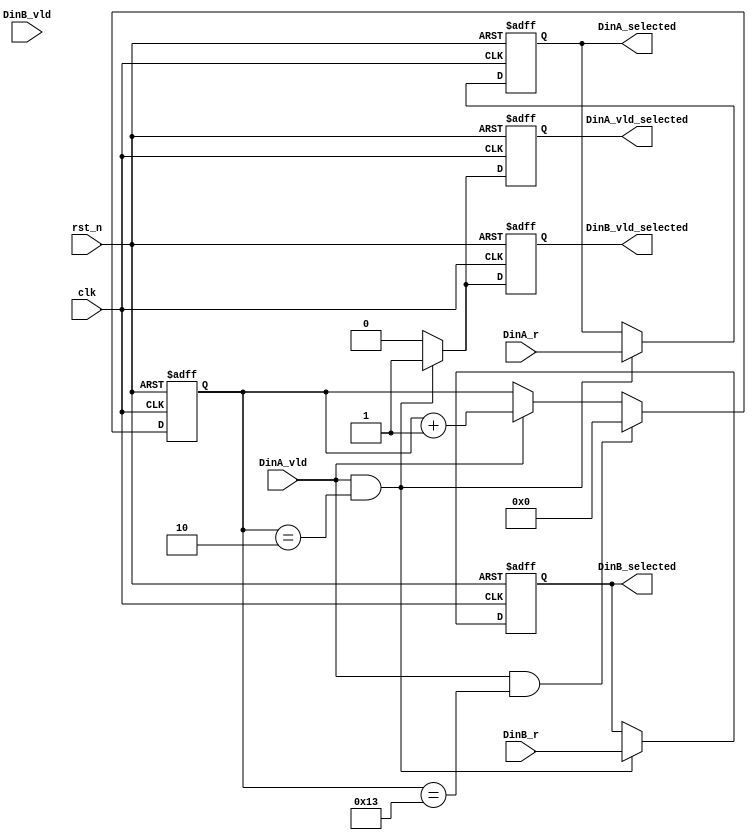
`timescale 1ns / 1ps
//////////////////////////////////////////////////////////////////////////////////
// Company: 
// Engineer: 
// 
// Design Name: 
// Module Name: data_sample_rate
// Project Name: 
// Target Devices: 
// Tool Versions: 
// Description: 
// 
// Dependencies: 
// 
// Revision:
// Revision 0.01 - File Created
// Additional Comments:
// 
//////////////////////////////////////////////////////////////////////////////////


module data_sample_rate(
 input   clk,
 //input   dac_clk,
 input   rst_n,
 input   [15:0] DinA_r,                          
 input   [15:0] DinB_r,                           
 input     DinA_vld,                               
 input     DinB_vld,        
 
 output reg [15:0]  DinA_selected,
 output reg [15:0]  DinB_selected,
 output reg         DinA_vld_selected,
 output reg         DinB_vld_selected 
  
 
 );
 (*mark_debug = "true"*) reg [7:0] select_cnt;
 
  
 always@(posedge clk or negedge rst_n)
  if(!rst_n)
 select_cnt<=0;
 else if(DinA_vld&&(select_cnt==8'd19))
 select_cnt<=0;
 
 else if( DinA_vld )
 select_cnt<=select_cnt+1'b1;
 
  
 
 
 
 
 
 always@(posedge clk or negedge rst_n)
  if(!rst_n)
  begin
  DinA_selected     <=0;
  DinB_selected     <=0;
  DinA_vld_selected <=0;
  DinB_vld_selected <=0;
  
  end
  
  else if(DinA_vld&&(select_cnt==8'd2) )
  
  begin
  DinA_selected     <=DinA_r;
  DinB_selected     <=DinB_r;
  DinA_vld_selected <=1;
  DinB_vld_selected <=1;
  
  end
  
  else
  begin
  DinA_vld_selected <=0;
  DinB_vld_selected <=0;
  
  end
  
  endmodule